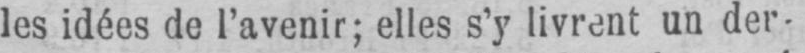
les idées de l’avenir; elles s’y livrent un der-